Calcutta medical institutions reports 1871-78
Year: 1871
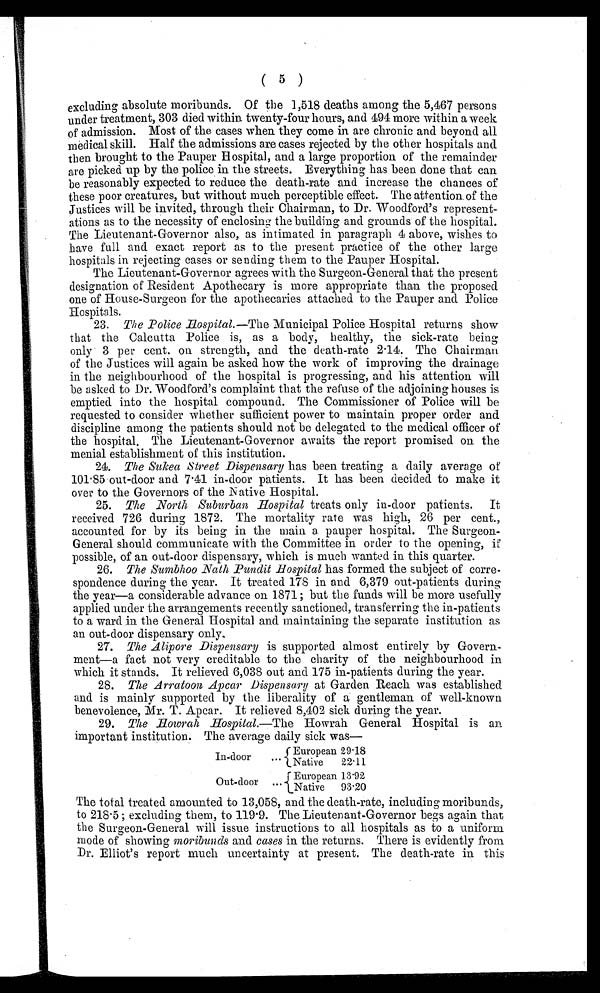
( 5 )
excluding absolute moribunds. Of the 1,518 deaths among the 5,467 persons
under treatment, 303 died within twenty-four hours, and 494 more within a week
of admission. Most of the cases when they come in are chronic and beyond all
medical skill. Half the admissions are cases rejected by the other hospitals and
then brought to the Pauper Hospital, and a large proportion of the remainder
are picked up by the police in the streets. Everything has been done that can
be reasonably expected to reduce the death-rate and increase the chances of
these poor creatures, but without much perceptible effect. The attention of the
Justices will be invited, through their Chairman, to Dr. Woodford's represent-
ations as to the necessity of enclosing the building and grounds of the hospital.
The Lieutenant-Governor also, as intimated in paragraph 4 above, wishes to
have full and exact report as to the present practice of the other large
hospitals in rejecting cases or sending them to the Pauper Hospital.
The Lieutenant-Governor agrees with the Surgeon-General that the present
designation of Resident Apothecary is more appropriate than the proposed
one of House-Surgeon for the apothecaries attached to the Pauper and Police
Hospitals.
23. The Police Hospital. —The Municipal Police Hospital returns show
that the Calcutta Police is, as a body, healthy, the sick-rate being
only 3 per cent. on strength, and the death-rate 2.14. The Chairman
of the Justices will again be asked how the work of improving the drainage
in the neighbourhood of the hospital is progressing, and his attention will
be asked to Dr. Woodford's complaint that the refuse of the adjoining houses is
emptied into the hospital compound. The Commissioner of Police will be
requested to consider whether sufficient power to maintain proper order and
discipline among the patients should not be delegated to the medical officer of
the hospital. The Lieutenant-Governor awaits the report promised on the
menial establishment of this institution.
24. The Sukea Street Dispensary has been treating a daily average of
101.85 out-door and 7.41 in-door patients. It has been decided to make it
over to the Governors of the Native Hospital.
25. The North Suburban Hospital treats only in-door patients. It
received 726 during 1872. The mortality rate was high, 26 per cent.,
accounted for by its being in the main a pauper hospital. The Surgeon-
General should communicate with the Committee in order to the opening, if
possible, of an out-door dispensary, which is much wanted in this quarter.
26. The Sumbhoo Nath Pundit Hospital has formed the subject of corre-
spondence during the year. It treated 178 in and 6,379 out-patients during
the year—a considerable advance on 1871; but the funds will be more usefully
applied under the arrangements recently sanctioned, transferring the in-patients
to a ward in the General Hospital and maintaining the separate institution as
an out-door dispensary only.
27. The Alipore Dispensary is supported almost entirely by Govern-
ment—a fact not very creditable to the charity of the neighbourhood in
which it stands. It relieved 6,038 out and 175 in-patients during the year.
28. The Arratoon Apcar Dispensary at Garden Reach was established
and is mainly supported by the liberality of a gentleman of well-known
benevolence, Mr. T. Apcar. It relieved 8,402 sick during the year.
29. The Howrah Hospital. —The Howrah General Hospital is an
important institution. The average daily sick was—
In-door ...
European 29.18
Native
22.11
Out-door ...
European 13.92
Native
93.20
The total treated amounted to 13,058, and the death-rate, including moribunds,
to 218.5; excluding them, to 119.9. The Lieutenant-Governor begs again that
the Surgeon-General will issue instructions to all hospitals as to a uniform
mode of showing moribunds and cases in the returns. There is evidently from
Dr. Elliot's report much uncertainty at present. The death-rate in this